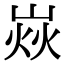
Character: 𡹖